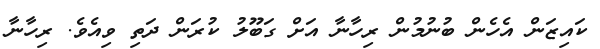
ކައިޒަން އެހެން ބުނުމުން ރިހާނާ އަށް ގަބޫލު ކުރަން ދަތި ވިއެވެ. ރިހާނާ